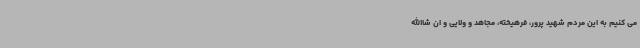
می کنیم به این مردم شهید پرور، فرهیخته، مجاهد و ولایی و ان شاالله